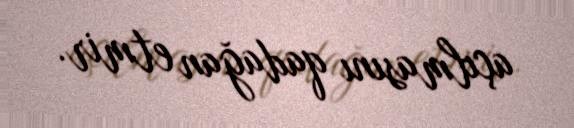
açılmasını qadağan etmir.